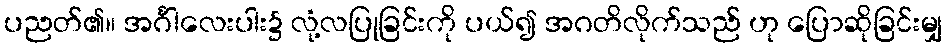
ပညတ်၏။ အင်္ဂါလေးပါး၌ လုံ့လပြုခြင်းကို ပယ်၍ အဂတိလိုက်သည် ဟု ပြောဆိုခြင်းမျှ